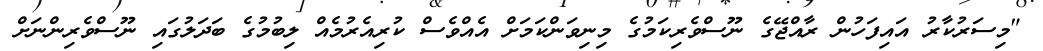
"މިސަރުކާރު އައިފަހުން ރާއްޖޭގެ ނޫސްވެރިކަމުގެ މިނިވަންކަމަށް އެއްވެސް ކުރިއެރުމެއް ލިބުމުގެ ބަދަލުގައި ނޫސްވެރިންނަށް